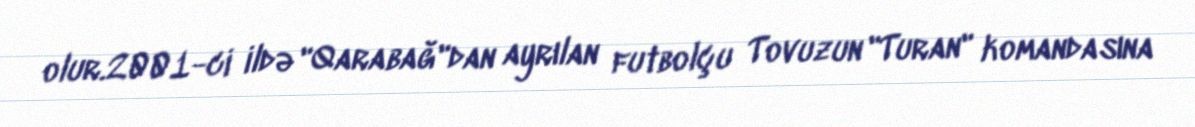
olur.2001-ci ildə "Qarabağ"dan ayrılan futbolçu Tovuzun "Turan" komandasına